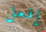
إفعل